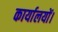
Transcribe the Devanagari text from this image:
कार्यालयों।